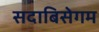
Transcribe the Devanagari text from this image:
सदाबिसेगम